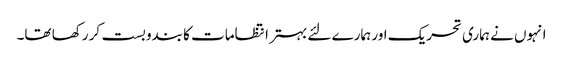
انہوں نے ہماری تحریک اور ہمارے لئے بہتر انتظامات کا بندوبست کر رکھا تھا۔